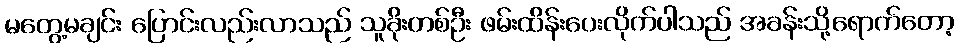
မတွေ့မချင်း ပြောင်းလည်းလာသည် သူခိုးတစ်ဦး ဖမ်းထိန်းပေးလိုက်ပါသည် အခန်းသို့ရောက်တော့